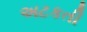
અટકતી